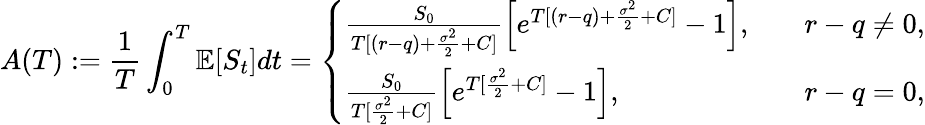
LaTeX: A(T):=\frac{1}{T}\int_{0}^{T}\mathbb{E}[S_{t}]dt=\left\{ \begin{array}{ll}{\frac{S_{0}}{T[(r-q)+\frac{\sigma^{2}}{2}+C]}\left[e^{T[(r-q)+\frac{\sigma^{2}}{2}+C]}-1\right],}&{\quad r-q\neq 0,}\\ {\frac{S_{0}}{T[\frac{\sigma^{2}}{2}+C]}\left[e^{T[\frac{\sigma^{2}}{2}+C]}-1\right],}&{\quad r-q=0,}\end{array}\right.